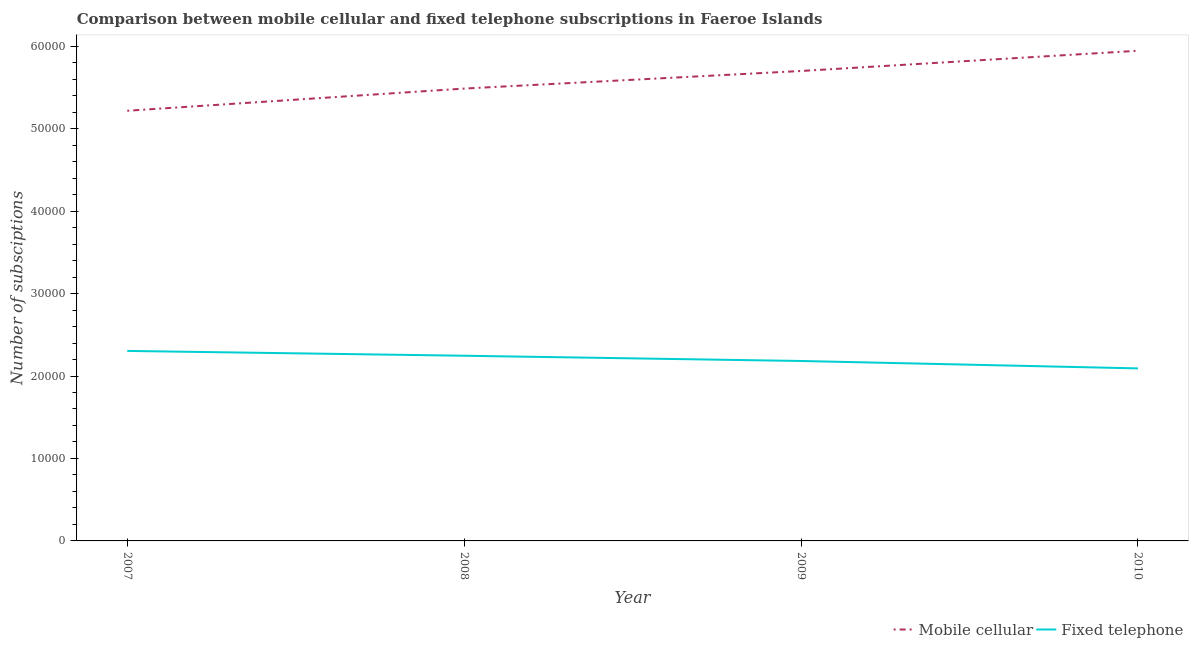
| Year | Mobile cellular | Fixed telephone |
 | --- | --- | --- |
 | 2007 | 5.22e+04 | 2.3e+04 |
 | 2008 | 5.49e+04 | 2.25e+04 |
 | 2009 | 5.7e+04 | 2.18e+04 |
 | 2010 | 5.94e+04 | 2.09e+04 |